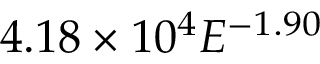
4 . 1 8 \times 1 0 ^ { 4 } E ^ { - 1 . 9 0 }